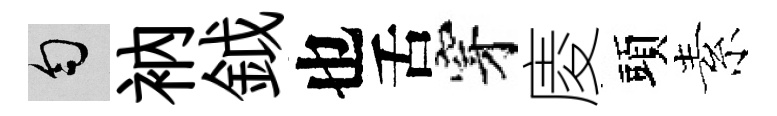
匀衲鉞也舌穿庱頭素